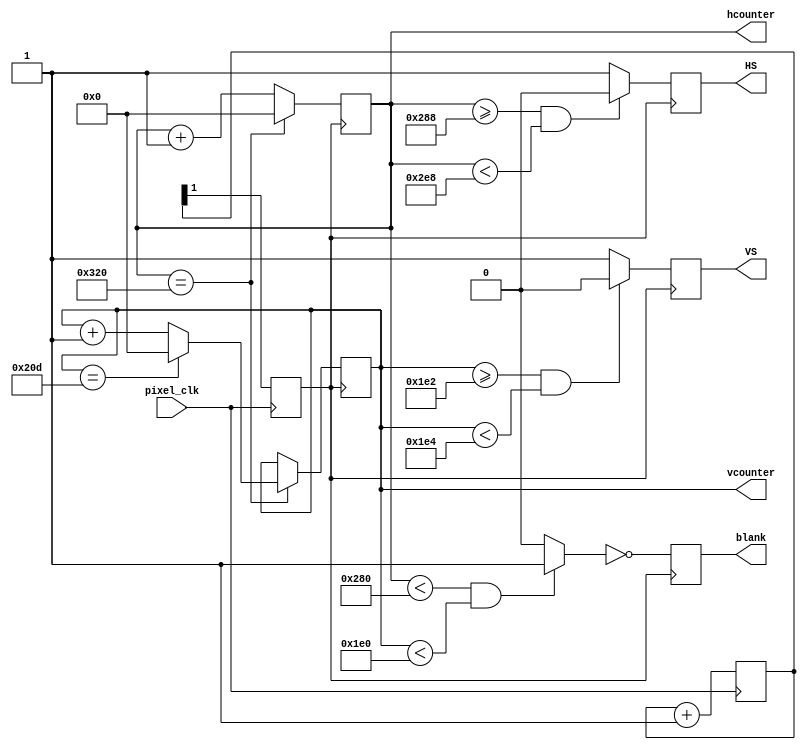
`timescale 1ns / 1ps

// Generate HS, VS signals from pixel clock.
// hcounter & vcounter are the index of the current pixel 
// origin (0, 0) at top-left corner of the screen
// valid display range for hcounter: [0, 640)
// valid display range for vcounter: [0, 480)
module vga_controller_640_60 (pixel_clk,HS,VS,hcounter,vcounter,blank);

	input pixel_clk;
	output HS, VS, blank;
	output [10:0] hcounter, vcounter;

	parameter HMAX = 800; // maximum value for the horizontal pixel counter
	parameter VMAX = 525; // maximum value for the vertical pixel counter
	parameter HLINES = 640; // total number of visible columns
	parameter HFP = 648; // value for the horizontal counter where front porch ends
	parameter HSP = 744; // value for the horizontal counter where the synch pulse ends
	parameter VLINES = 480; // total number of visible lines
	parameter VFP = 482; // value for the vertical counter where the front porch ends
	parameter VSP = 484; // value for the vertical counter where the synch pulse ends
	parameter SPP = 0;


	wire video_enable;
	reg HS,VS,blank;
	reg [10:0] hcounter,vcounter;

	reg pixel_clk_25M;
	reg [1:0] count;
	always@(posedge pixel_clk) begin
		count <= count + 1'b1;
		pixel_clk_25M <= count[1];
	end

	always@(posedge pixel_clk_25M)begin
		blank <= ~video_enable; 
	end

	always@(posedge pixel_clk_25M)begin
		if (hcounter == HMAX) hcounter <= 0;
		else hcounter <= hcounter + 1;
	end

	always@(posedge pixel_clk_25M)begin
		if(hcounter == HMAX) begin
			if(vcounter == VMAX) vcounter <= 0;
			else vcounter <= vcounter + 1; 
		end
	end

	always@(posedge pixel_clk_25M)begin
		if(hcounter >= HFP && hcounter < HSP) HS <= SPP;
		else HS <= ~SPP; 
	end

	always@(posedge pixel_clk_25M)begin
		if(vcounter >= VFP && vcounter < VSP) VS <= SPP;
		else VS <= ~SPP; 
	end

	assign video_enable = (hcounter < HLINES && vcounter < VLINES) ? 1'b1 : 1'b0;

endmodule